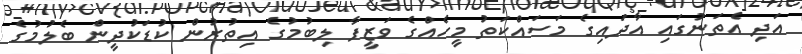
އަދި އެތަނުގައި އާދައިގެ މަސައްކަތު މީހެއްގެ ވަޒީފާ ލިބުމުގެ އިތުރުން ކުޑަކުދީން ބެލުމުގެ